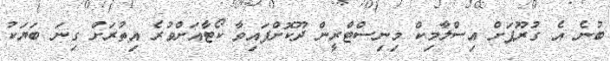
ބުނެ އެ ގުރޫޕަށް އިސްލާމިކް މިނިސްޓްރީން ދޫކޮށްފައިވާ ކޯޓާއަށްވުރެ އިތުރަށް ގިނަ ބަޔަކު